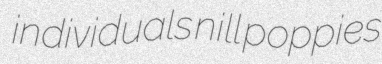
individuals nill poppies